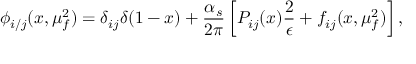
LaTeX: \phi _ { i / j } ( x , \mu _ { f } ^ { 2 } ) = \delta _ { i j } \delta ( 1 - x ) + \frac { \alpha _ { s } } { 2 \pi } \left[ P _ { i j } ( x ) \frac { 2 } { \epsilon } + f _ { i j } ( x , \mu _ { f } ^ { 2 } ) \right] ,